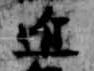
近